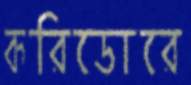
করিডোরে